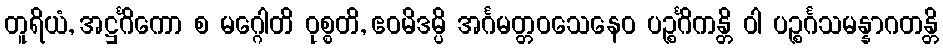
တူရိယံ, အဋ္ဌင်္ဂိကော စ မဂ္ဂေါတိ ဝုစ္စတိ, ဧဝမိဒမ္ပိ အင်္ဂမတ္တဝသေနေဝ ပဉ္စင်္ဂိကန္တိ ဝါ ပဉ္စင်္ဂသမန္နာဂတန္တိ